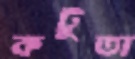
কটুতা